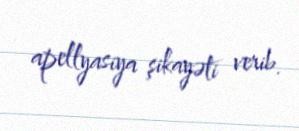
apellyasiya şikayəti verib.